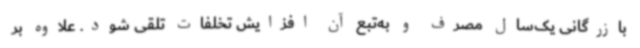
بازرگانی یک‌سال مصرف و به‌تبع آن افزایش تخلفات تلقی شود. علاوه‌ بر